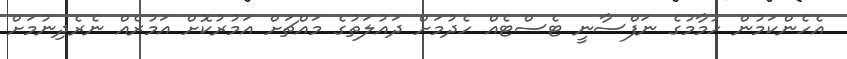
އެހެންކަމުން ހުމާމުގެ ނަފްސާނީ ޓެސްޓެއް ހެދުމަށް ދައުލަތުގެ މައްޗަށް އަމުރުކޮށް އަމުރެއް ނެރެދިނުމަށް